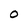
Character: O